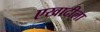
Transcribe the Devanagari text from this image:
एखादीला